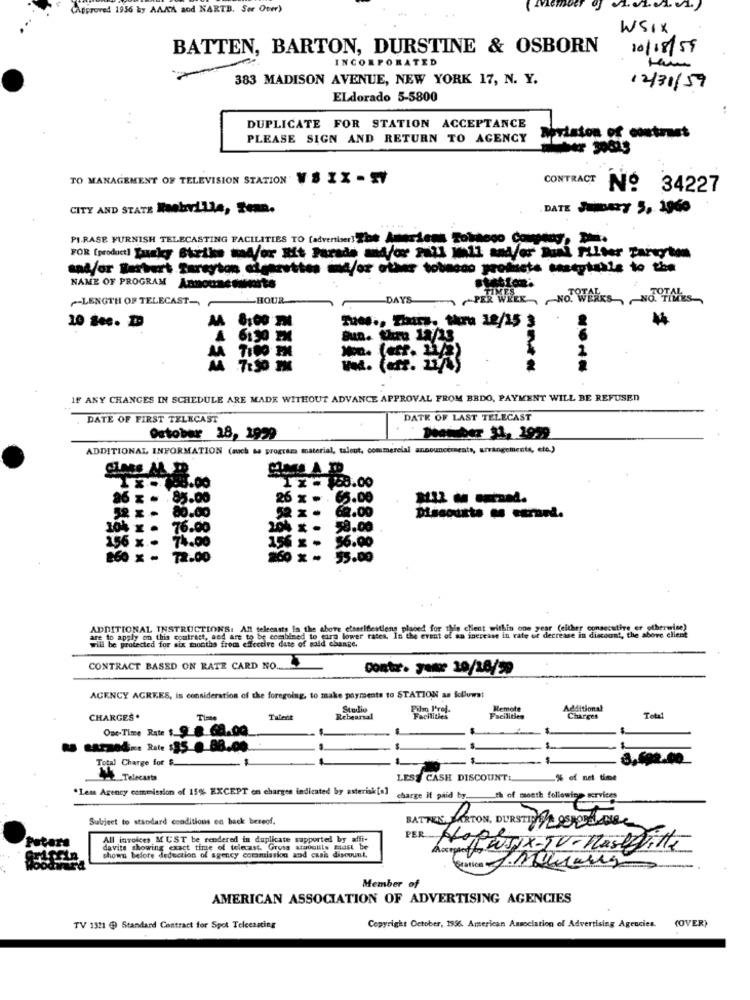
proved 1956 by AAAA and NARTB. Ser Oomr)
WSIX
BATTEN, BARTON, DURSTINE & OSBORN
10/18/59
INCORPORATED
383 MADISON AVENUE, NEW YORK 17, N. Y.
12/31/59
ELdorado 5-5800
DUPLICATE FOR STATION ACCEPTANCE
PLEASE SIGN AND RETURN TO AGENCY
ariston of contract
TO MANAGEMENT OF TELEVISION STATION V'S XX -SV
CONTRACT
Nº 34227
CITY AND STATE Raabville, Sem.
DATE JAZY 5, 1960
PIRASE FURNISH TELECASTING FACILITIES TO [advertiser] The American Bobbeso Compens
FOR [product! Jagky Strike mod/or It Parade and/or 28ll well and/or Duni Filter Tartyton
sadfor Restert Tareyton eleszettes and/or other tobacco products sestytable to the
NAME OF PROGRAM
Announcements
-LENGTH OF TELECAST-
-HOUR
- DAYS PER WEEK, NO"WEEKS ~NO TAKES
10 Sec.
8:00 IN
Tues ., Thais. thru 12/15 3
A 6:30 PM
Chru 12/23
AA 7:00 PM
A 7:50 PM
IF ANY CHANGES IN SCHEDULE ARE MADE WITHOUT ADVANCE APPROVAL FROM BBDO, PAYMENT WILL BE REFUSED
DATE OF FIRST TELECAST
DATE OF LAST TELECAST
October 28, 1929
ADDITIONAL INFORMATION (nach ts programo material, talent, commercial announcements, arrangements, etc.)
26 x - 85.00
26 x -
65.00
62.00
Discounts on eurmed.
10% x . 76.00
10% x - 59.00
156 x .
74.00
156 x - 56.00
260 x - 72.00
55.00
ADDITIONAL INSTRUCTIONS: All telecasts In the above etsarifestiens placed for this client within one year (either consecutive er otherwise)
are to apply on this contract, sed are to be combined to eira lower rates, In the event of an increase in rate ut decrease in discount, the above client
will be protected for six months from effective date of said change.
CONTRACT BASED ON RATE CARD NO ..
conto. Jeme 20/26/59
AGENCY AGREES, is consideration of the foregoing, to make payments to STATION as kollumst
Studio
Pim P'rej.
Remote
Additional
CHARGES.
Talent
Rebearsal
Facilities
Facilities
Charges
Total
Ouc-Time Rate $ 9 8 63.00
RS tArzod .. Rete $85_@_88.00
Total Charge for $
3.692.00
LESS CASH DISCOUNT
% of net time
"Less Agency commission of 15% EXCEPT on charges indicated by asterisk[a]
charge if paid by.
th of month following services
Subject to standard conditions en back bereof.
BATTLE PERTON, DURSTE PERDERE
Petera
All invoices MUST be rendered in duplicate supported by affi-
PER Hope
davits showing exact time of telecast. Gross ataoguls must be
shown before deduction of agency commission and casi discount.
Posopa JJJJX-TV-Haslevitte
Member of
AMERICAN ASSOCIATION OF ADVERTISING AGENCIES
(OVER)
TV 1321 @ Standard Contract for Spot Teleennting
Copyright October, 1956. American Association of Advertising Agencies.